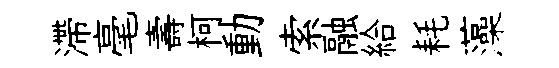
滯毫壽柯動索融給耗藻